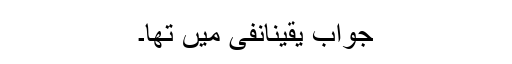
جواب یقینانفی میں تھا۔